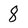
Character: 8